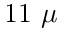
1 1 \ \mu